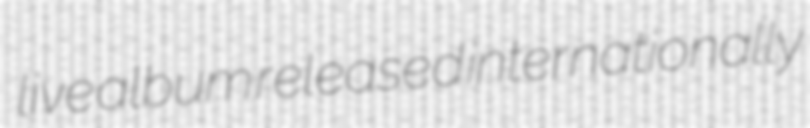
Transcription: live album released internationally